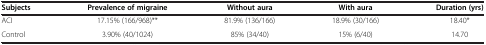
<table><thead><tr><td><b>Subjects</b></td><td><b>Prevalence of migraine</b></td><td><b>Without aura</b></td><td><b>With aura</b></td><td><b>Duration (yrs)</b></td></tr></thead><tbody><tr><td>ACI</td><td>17.15% (166/968)**</td><td>81.9% (136/166)</td><td>18.9% (30/166)</td><td>18.40*</td></tr><tr><td>Control</td><td>3.90% (40/1024)</td><td>85% (34/40)</td><td>15% (6/40)</td><td>14.70</td></tr></tbody></table>